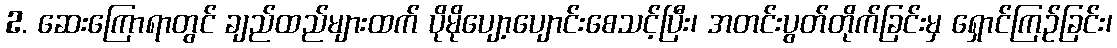
2. ဆေးကြောရာတွင် ချည်ထည်များထက် ပိုမိုပျော့ပျောင်းစေသင့်ပြီး၊ အတင်းပွတ်တိုက်ခြင်းမှ ရှောင်ကြဉ်ခြင်း၊